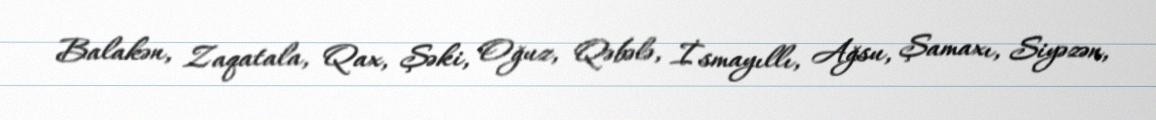
Balakən, Zaqatala, Qax, Şəki, Oğuz, Qəbələ, İsmayıllı, Ağsu, Şamaxı, Siyəzən,